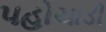
પહોચાડી